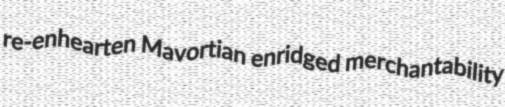
re-enhearten Mavortian enridged merchantability